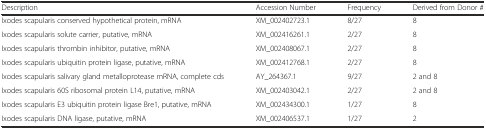
<table><thead><tr><td><b>Description</b></td><td><b>Accession Number</b></td><td><b>Frequency</b></td><td><b>Derived from Donor #</b></td></tr></thead><tbody><tr><td>Ixodes scapularis conserved hypothetical protein, mRNA</td><td>XM_002402723.1</td><td>8/27</td><td>8</td></tr><tr><td>Ixodes scapularis solute carrier, putative, mRNA</td><td>XM_002416261.1</td><td>2/27</td><td>8</td></tr><tr><td>Ixodes scapularis thrombin inhibitor, putative, mRNA</td><td>XM_002408067.1</td><td>2/27</td><td>8</td></tr><tr><td>Ixodes scapularis ubiquitin protein ligase, putative, mRNA</td><td>XM_002412768.1</td><td>2/27</td><td>8</td></tr><tr><td>Ixodes scapularis salivary gland metalloprotease mRNA, complete cds</td><td>AY_264367.1</td><td>9/27</td><td>2 and 8</td></tr><tr><td>Ixodes scapularis 60S ribosomal protein L14, putative, mRNA</td><td>XM_002403042.1</td><td>2/27</td><td>2 and 8</td></tr><tr><td>Ixodes scapularis E3 ubiquitin protein ligase Bre1, putative, mRNA</td><td>XM_002434300.1</td><td>1/27</td><td>8</td></tr><tr><td>Ixodes scapularis DNA ligase, putative, mRNA</td><td>XM_002406537.1</td><td>1/27</td><td>2</td></tr></tbody></table>